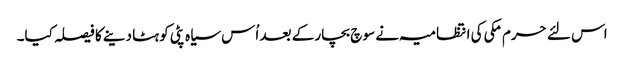
اس لئے حرم مکی کی انتظامیہ نے سو چ بچار کے بعد اُس سیاہ پٹی کو ہٹا دینے کا فیصلہ کیا۔